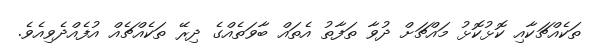
ތަކެއްޗަކާއި ކޮޅުކޮޅު މައްޗަށް ދުވާ ތަފާތު އެތައް ބާވަތެއްގެ ދިރޭ ތަކެއްޗެއް އުފެއްދެވިއެވެ.